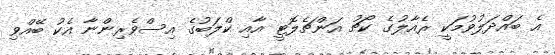
އެ ބައްދަލުވުމަކީ ރެއާލުގެ ކޯޗު އަންޗެލޮޓީ އާއި ކްލަބުގެ އިސްވެރިންނާ އެކު ބޭއްވި